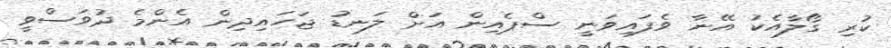
ކުރި ގޯލާއެކު އޭނާ ވެފައިވަނީ ސްޕެއިން އަށް ލަނޑު ޖަހައިދިން އެންމެ ދުވަސްވީ